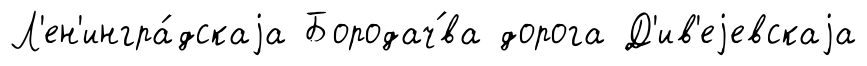
Л'ен'ингра́дскаjа Бородач́ва дорога Д'ив'еjевскаjа